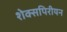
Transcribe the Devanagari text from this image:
शेक्सपिरीयन